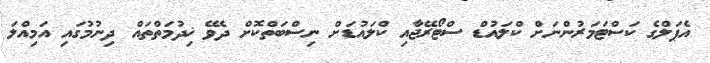
އެޕަލްގެ ކަސްޓަމަރުންނަށް ކްލައުޑް ސްޓޯރޭޖާއި ކްލައުޑަށް ނިސްބަތްކޮށް ދެވޭ ޚިދުމަތްތައް ދިނުމުގައި އަމިއްލަ